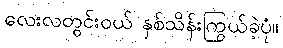
လေးလတွင်းဝယ် နှစ်သိန်းကြွယ်ခဲ့ပုံ။